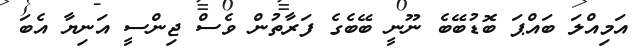
އަމިއްލަ ބައްޕަ ބޮޑުބޭބެ ނޫނީ ބޭބެގެ ފަރާތުން ވެސް ޖިންސީ އަނިޔާ އެބަ